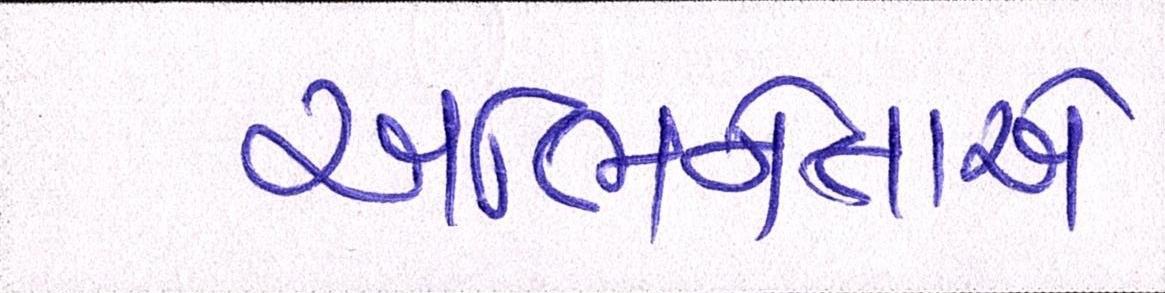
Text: અભિનેતાએ